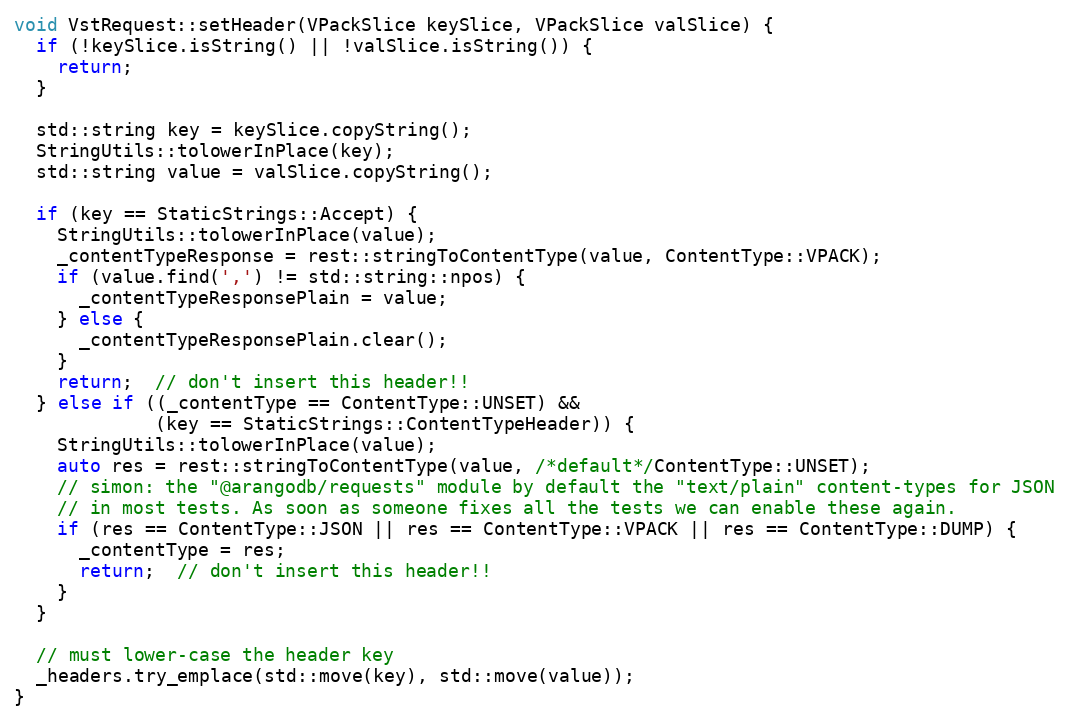
Language: C++
void VstRequest::setHeader(VPackSlice keySlice, VPackSlice valSlice) {
  if (!keySlice.isString() || !valSlice.isString()) {
    return;
  }

  std::string key = keySlice.copyString();
  StringUtils::tolowerInPlace(key);
  std::string value = valSlice.copyString();

  if (key == StaticStrings::Accept) {
    StringUtils::tolowerInPlace(value);
    _contentTypeResponse = rest::stringToContentType(value, ContentType::VPACK);
    if (value.find(',') != std::string::npos) {
      _contentTypeResponsePlain = value;
    } else {
      _contentTypeResponsePlain.clear();
    }
    return;  // don't insert this header!!
  } else if ((_contentType == ContentType::UNSET) &&
             (key == StaticStrings::ContentTypeHeader)) {
    StringUtils::tolowerInPlace(value);
    auto res = rest::stringToContentType(value, /*default*/ContentType::UNSET);
    // simon: the "@arangodb/requests" module by default the "text/plain" content-types for JSON
    // in most tests. As soon as someone fixes all the tests we can enable these again.
    if (res == ContentType::JSON || res == ContentType::VPACK || res == ContentType::DUMP) {
      _contentType = res;
      return;  // don't insert this header!!
    }
  }

  // must lower-case the header key
  _headers.try_emplace(std::move(key), std::move(value));
}